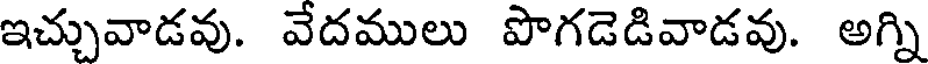
ఇచ్చువాడవు. వేదములు పొగడెడివాడవు. అగ్ని